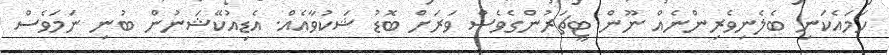
ހަމައެކަނި ބެލެނިވެރިންނެއް ނޫން ޓީޗަރުންގެވެސް ވަަރަށް ބޮޑު ޝަކުވާއެއް. އެޑިއުކޭޝަނުން ބުނި ނަމަވެސް